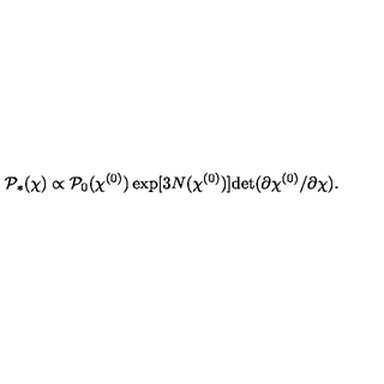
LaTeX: { \cal P } _ { * } ( \chi ) \propto { \cal P } _ { 0 } ( \chi ^ { ( 0 ) } ) \exp [ 3 N ( \chi ^ { ( 0 ) } ) ] \mathrm { d e t } ( \partial \chi ^ { ( 0 ) } / \partial \chi ) .